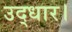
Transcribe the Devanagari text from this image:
उद्धार।